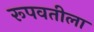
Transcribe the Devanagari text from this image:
रूपवतीला